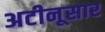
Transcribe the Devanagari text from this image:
अटीनूसार